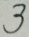
3